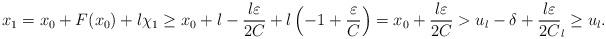
LaTeX: \begin{align*}x_1=x_0+F(x_0)+l\chi_1\ge x_0+l- \frac{l\varepsilon}{2C}+l\left(-1+\frac{\varepsilon}{C}\right)=x_0+ \frac{l\varepsilon}{2C}>u_l-\delta+ \frac{l\varepsilon}{2C}_l \geq u_l.\end{align*}